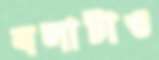
বলাটাও